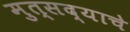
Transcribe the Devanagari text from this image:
मुत्सद्याचे